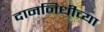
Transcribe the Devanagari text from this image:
दाननिधीच्या